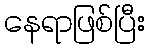
နေရာဖြစ်ပြီး